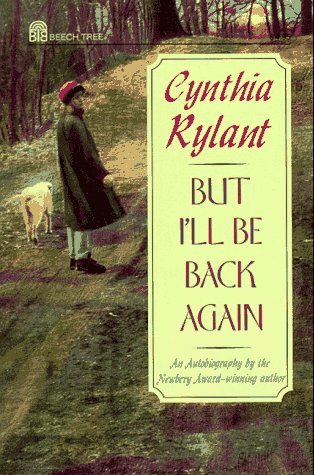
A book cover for But I'll Be Back Again; Cynthia Rylant; Teen & Young Adult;